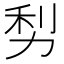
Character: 𠡩